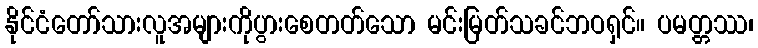
နိုင်ငံတော်သားလူအများကိုပွားစေတတ်သော မင်းမြတ်သခင်ဘဝရှင်။ ပမတ္တဿ၊